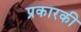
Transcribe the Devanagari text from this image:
प्रकारकी